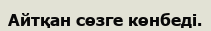
Айтқан сөзге көнбеді.